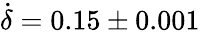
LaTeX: \dot{\delta}=0.15\pm 0.001